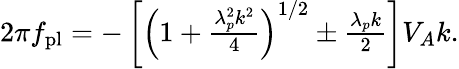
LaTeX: \begin{array}{r}{2\pi f_{\mathrm{pl}}=-\left[\left(1+\frac{\lambda_{p}^{2}k^{2}}{4}\right)^{1/2}\pm\frac{\lambda_{p}k}{2}\right]V_{A}k.}\end{array}